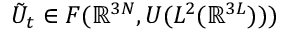
\tilde { U } _ { t } \in { \cal F } ( \mathbb { R } ^ { 3 N } , { \cal U } ( L ^ { 2 } ( \mathbb { R } ^ { 3 L } ) ) )